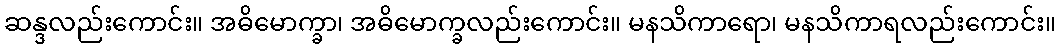
ဆန္ဒလည်းကောင်း။ အဓိမောက္ခာ၊ အဓိမောက္ခလည်းကောင်း။ မနသိကာရော၊ မနသိကာရလည်းကောင်း။